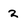
Character: 2